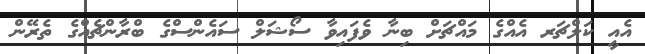
އެއީ ކަލްޗަރ އެއްގެ މައްޗަށް ބިނާ ވެފައިވާ ސޯޝަލް ސައެންސްގެ ބްރާންޗެއްގެ ތެރޭން